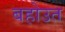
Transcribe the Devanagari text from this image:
बहोउत